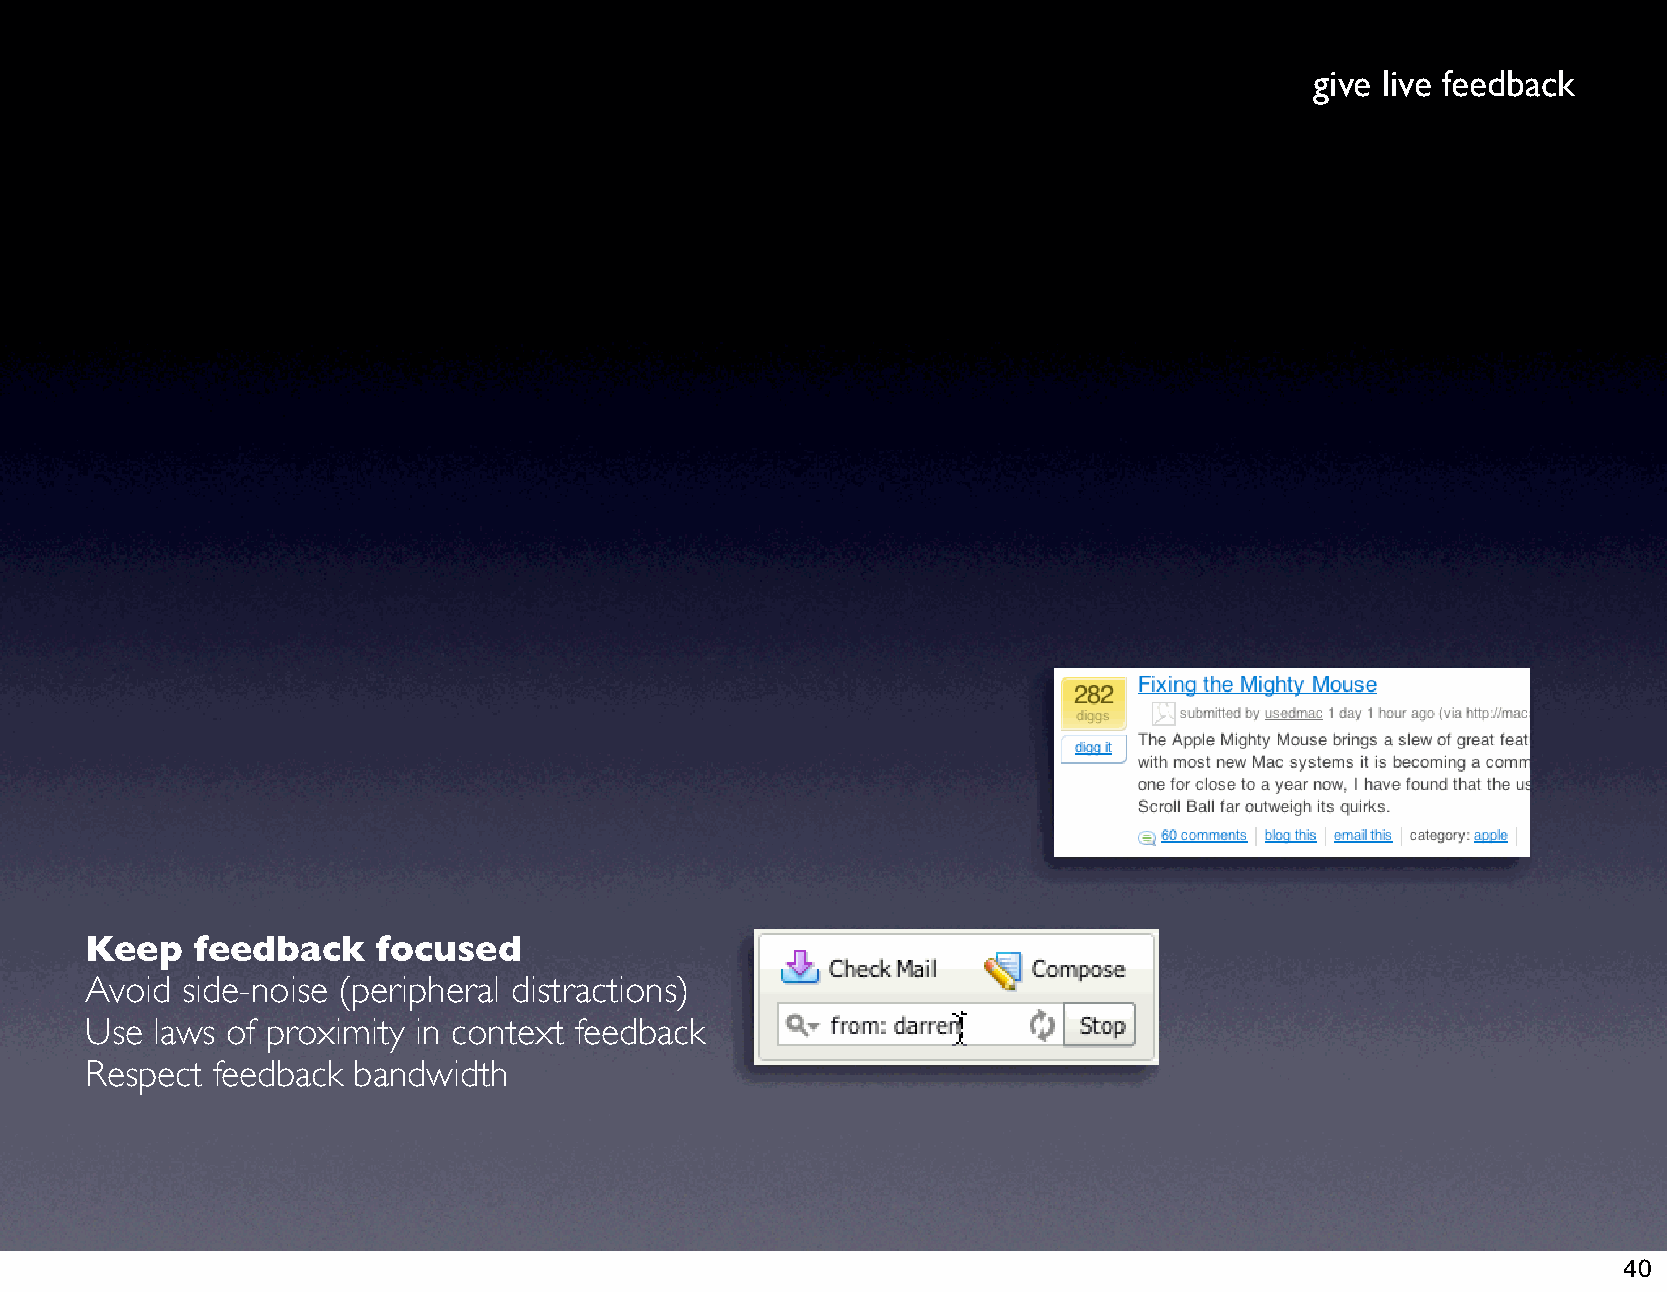
give live feedback
 Keep   feedback    focused
 Avoid side-noise (peripheral distractions)
 Use laws of proximity in context feedback
 Respect feedback bandwidth
 40